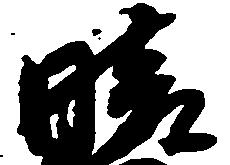
晴